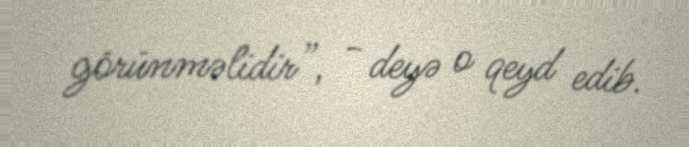
görünməlidir”, - deyə o qeyd edib.